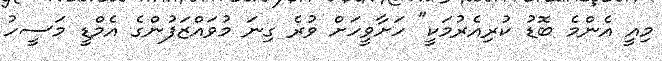
މިއީ އެންމެ ބޮޑު ކުރިއެރުމަކީ" ހަށާވީހަށް ވުރެ ގިނަ މުވައްޒަފުންގެ އެމްޑީ މަސީހު